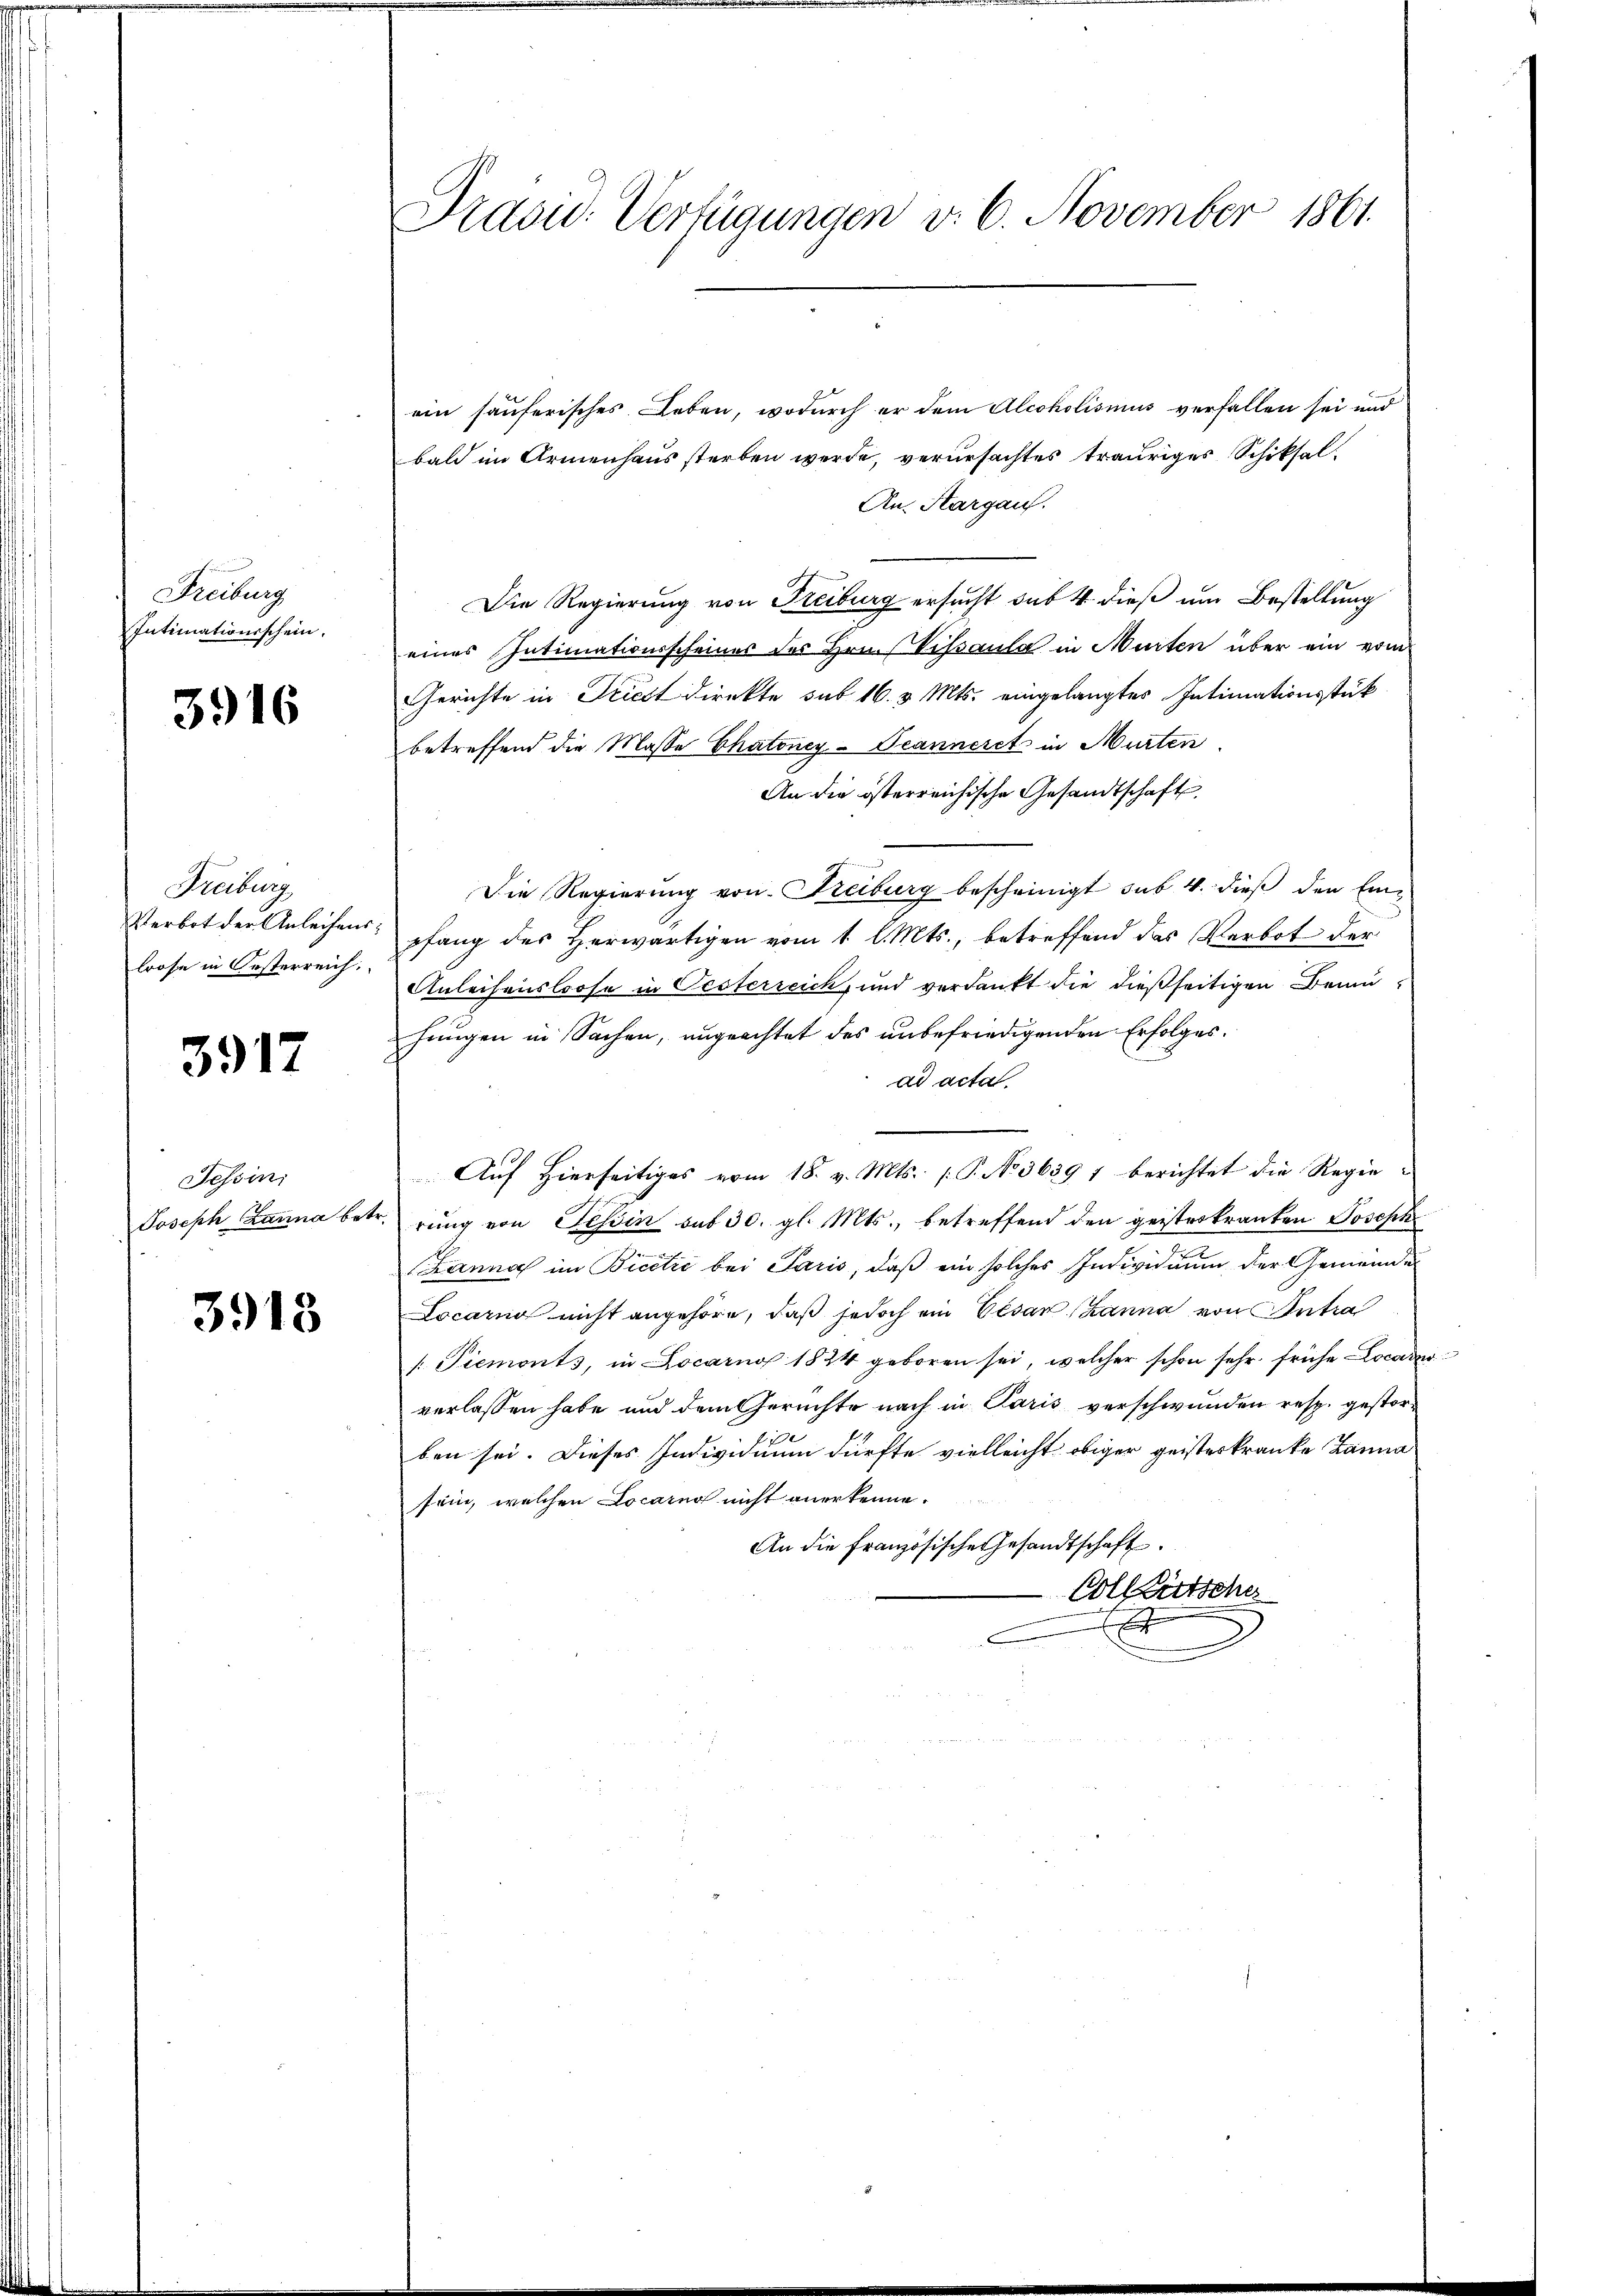
Freiburg
Intimationsschein.

3916

Freiburg
Verbot der Anleihens.
lrose in Oesterreich.

3917

Tessin,
Joseph Lanna betr.

3913

Präsid. Verfügungen v. 6. November 1861

ein sauferisches Leben, wodurch er dem Alcoholismus verfallen sei und
bald im Armenhaus sterben werde, verursachtes trauriges Schiksal
An. Hargau.
Die Regierung von Freiburg ersucht sub 4 dieß um Bestellung
eines Intimationsscheines des Hrn. Vissaula in Murten über ein vom
Gerichte in Triest direkte sub 16. v. Mts. eingelangtes Intimationsstück
betreffend die Masse Chatoney-Seanneret in Murten
An die österreichische Gesandtschaft
Die Regierung von Kreiburg bescheinigt sub. 4. dieß den Einpfang des Herwärtigen vom 1 l. Mts., betreffend das Verbot der
Anleihensloose in Oesterreich, und verdankt die dießseitigen Bemühungen in Sachen, ungeachtet des unbefriedigenden Erfolges.
ad acta
Auf Hierseitiges vom 18. v. Mts. (T. No 36391 berichtet die Regiereng von Tessin sub 30. gl. Mts., betreffend den geisteskranten Joseph
Lanna im Bicilić bei Paris, daß ein solches Individuum der Gemeinde
Locarno nicht angehöre, daß jedoch ein Vesar Banna von Antra
/: Piemonts, in Locarno 1824 geboren sei, welcher schon sehr frühe Locarder
verlassen habe und dem Gerichte nach in Paris verschwunden resp. gestorben sei. Dieses Individuum dürfte vielleicht obiger geisteskranke Banna
sein, welchen Locarno nicht anerkenne.
An die französische Gesandtschaft.
Colkutsche
E